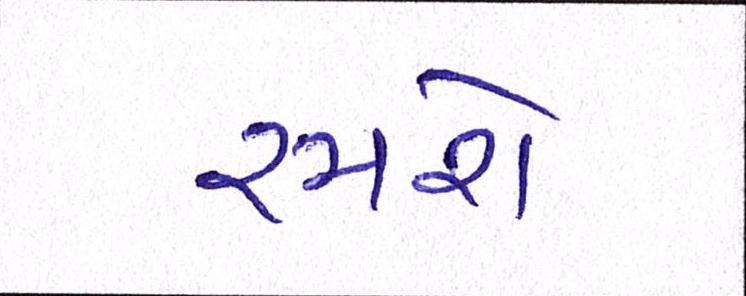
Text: રમશે